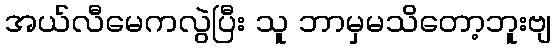
အယ်လီမေကလွဲပြီး သူ ဘာမှမသိတော့ဘူးဗျ